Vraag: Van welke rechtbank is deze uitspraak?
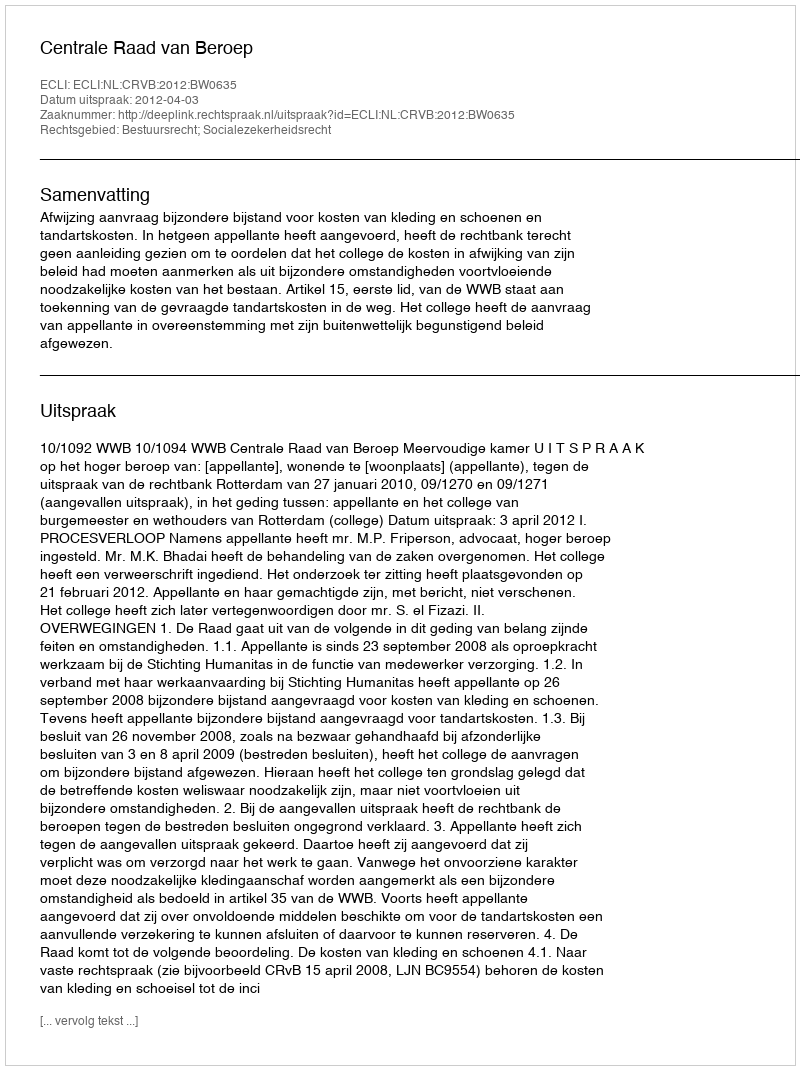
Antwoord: Centrale Raad van Beroep